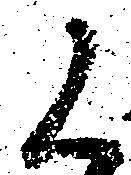
候